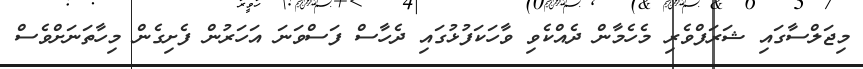
މިޖަލްސާގައި ޝަރަފްވެރި މެހެމާން ދެއްކެވި ވާހަކަފުޅުގައި ދެހާސް ފަސްވަނަ އަހަރުން ފެށިގެން މިހާތަނަށްވެސް